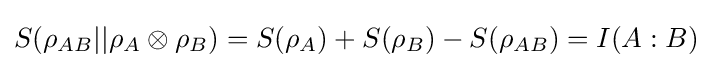
S(\rho _{AB}||\rho _{A}\otimes \rho _{B})=S(\rho _{A})+S(\rho _{B})-S(\rho _{AB})=I(A:B)